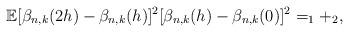
LaTeX: \begin{align*}\mathbb{E}[\beta_{n, k}(2h) - \beta_{n, k}(h)]^2[\beta_{n, k}(h) - \beta_{n, k}(0)]^2 = _1 + _2,\end{align*}